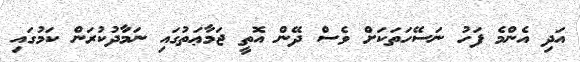
އަދި އެންމެ ފަހު ނަސޭހަތަކަށް ވެސް ދޭން އޮތީ ޖަމާޢަތުގައި ނަމާދުކުރަން ކަމުގައި